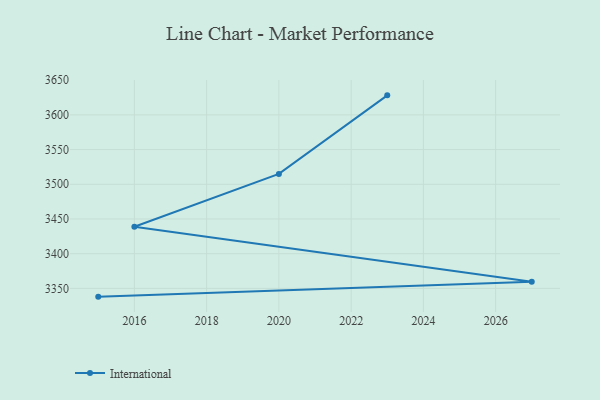
{"axis": {"x": "Year", "y": "Conversion Rate (%)"}, "legend": ["International"], "data": [{"x": "2023", "y": 3628.1, "type": "International"}, {"x": "2020", "y": 3514.9, "type": "International"}, {"x": "2016", "y": 3438.8, "type": "International"}, {"x": "2027", "y": 3359.4, "type": "International"}, {"x": "2015", "y": 3338.1, "type": "International"}]}